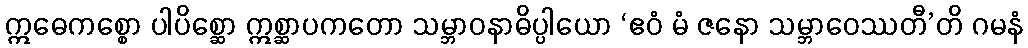
ဣဓေကစ္စော ပါပိစ္ဆော ဣစ္ဆာပကတော သမ္ဘာဝနာဓိပ္ပါယော ‘ဧဝံ မံ ဇနော သမ္ဘာဝေဿတီ’တိ ဂမနံ